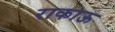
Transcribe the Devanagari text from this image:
राकाऊ